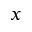
x